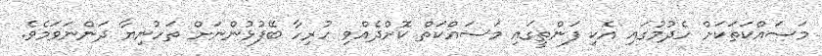
މަސައްކަތަކަށް ހެދުމުގައި އެކި ފަންތީގައި މަސައްކަތް ކޮށްދެއްވި ހުރިހާ ބޭފުޅުންނަށް ތަހުނިޔާ ދަންނަވަމެވެ.